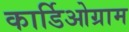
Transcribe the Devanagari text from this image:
कार्डिओग्राम